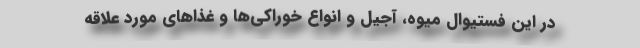
در این فستیوال میوه، آجیل و انواع خوراکی‌ها و غذا‌های مورد علاقه